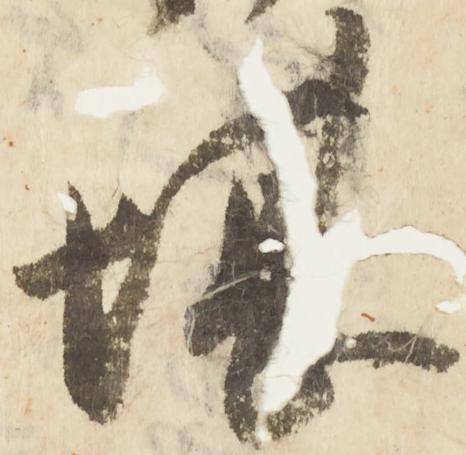
堪